Vaccination United Provinces of Agra and Oudh 1914-1922 - 1914-1922
Year: 1914
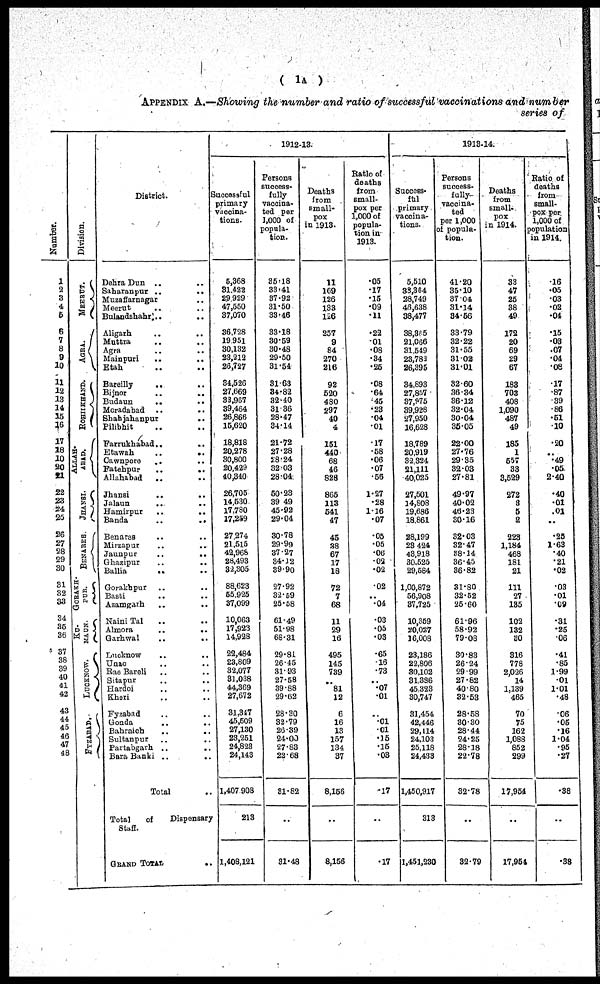
( 1A )
APPENDIX A.—Showing the number and ratio of successful vaccinations and number
series of
Number.
1
2
3
4
5
6
7
8
9
10
11
12
13
14
15
16
17
18
19
20
21
22
23
24
25
26
27
28
29
30
31
32
33
34
35
36
37
38
39
40
41
42
43
44
45
46
47
48
Division.
MEERUT.
AGRA.
ROHILKHAND.
ALLAH¬
ABAD.
JHANSI.
BENARES.
GORAKH¬
PUR.
KU¬
MAON.
LUCKNOW.
FYZABAD.
District.
Dehra Dun .. ..
Saharanpur .. ..
Muzaffarnagar .. ..
Meerut .. ..
Bulandshahr. ..
Aligarh .. ..
Muttra .. ..
Agra .. ..
Mainpuri .. ..
Etah .. ..
Bareilli .. ..
Bijnor
..
..
Budaun
.. ..
Moradabad .. ..
Shahjahanpur
..
Pilibhit .. ..
Farrukhabad .. ..
Etawah .. ..
Cawnpore .. ..
Fatehpur
.. ..
Allahabad .. ..
Jhansi .. ..
Jalaun .. ..
Hamirpur .. ..
Banda
.. ..
Benares .. ..
Mirzapur .. ..
Jaunpur
.. ..
Ghazipur .. ..
Ballia .. ..
Gorakhpur .. ..
Basti .. ..
Azamgarh .. ..
Naini Tal .. ..
Almora
..
..
Garhwal .. ..
Lucknow .. ..
Unao .. ..
Rae Bareli .. ..
Sitapur .. ..
Hardoi .. ..
Kheri .. ..
Fyzabad .. ..
Gonda .. ..
Bahraich .. ..
Sultanpur .. ..
Partabgarh .. ..
Bara Banki .. ..
Total ..
Total
of
Dispensary
Staff.
GRAND TOTAL
..
1912-13.
Successful
primary
vaccina¬
tions.
5,368
31,422
29,929
47,550
37,070
36,728
19,951
30,132
23,212
26,727
34,526
27,669
33,967
39,464
26,866
15,620
18,818
20,278
30,800
20,429
40,340
26,705
14,530
17,780
17,259
27,274
21,515
42,968
28,493
32,305
88,623
55,925
37,099
10,063
17,923
14,923
22,484
23,809
32,077
31,038
44,369
27,672
31,347
45,509
27,130
23,251
24,823
24,143
1,407,908
213
1,408,121
Persons
success¬
fully
vaccina-
ted per
1,000 of
popula-
tion.
35.18
33.41
37.92
31.50
33.46
33.18
30.59
30.48
29.50
31.54
31.63
34.82
32.40
31.36
28.47
34.14
21.72
27.28
28.24
32.03
28.04
50.23
39.49
45.92
29.04
30.78
29.99
37.27
34.12
39.90
27.92
32.59
25.58
61.49
51.98
68.31
29.81
26.45
31.93
27.58
39.88
29.62
28.30
32.79
26.39
24.00
27.83
22.68
31.82
..
31.48
Deaths
from
small-
pox
in 1913.
11
169
126
133
126
257
9
84
270
216
92
520
480
297
40
4
151
440
68
46
828
865
113
541
47
45
38
67
17
18
72
7
68
11
29
16
495
145
739
..
81
12
6
16
13
157
134
37
8,156
..
8,156
Ratio of
deaths
from
small-
pox per
1,000 of
popula-
tion in
1913.
.05
.17
.15
.09
.11
.22
.01
.08
.34
.25
.08
.64
.45
.23
.04
.01
.17
.58
.06
.07
.56
1.27
.28
1.16
.07
.05
.05
.05
.02
.02
.02
..
.04
.03
.05
.03
.65
.16
.73
..
.07
.01
.01
.01
.15
.15
.03
.17
..
.17
1913-14.
Success¬
ful
primary
vaccina¬
tions.
5,510
33,364
28,749
46,638
38,477
33,365
21,066
31,549
23,782
26,395
34,893
27,857
37,975
39,928
27,950
16,628
18,789
20,919
32,324
21,111
40,025
27,501
14,808
19,686
18,861
28,199
28,424
48,918
30,525
29,584
1,00,872
56,908
37,725
10,359
20,027
16,008
23,186
22,806
30,102
31,386
45,323
30,747
31,454
42,446
29,114
24,103
25,118
24,433
1,450,917
313
1,451,230
Persons
success¬
fully
vaccina¬
ted
per 1,000
of popula-
tion.
41.20
35.10
37.04
31.14
34.56
33.79
32.22
31.55
31.02
31.01
32.60
36.34
36.12
32.04
30.04
35.05
22.00
27.76
29.35
32.03
27.81
49.97
40.02
46.23
30.16
32.03
32.47
38.14
36.45
36.82
31.80
32.52
25.60
61.96
58.92
79.08
30.83
26.24
29.99
27.82
40.80
32.53
28.58
30.30
28.44
24.25
28.18
22.78
32.78
..
32.79
Deaths
from
small-
pox
in 1914.
33
47
25
38
49
172
20
69
29
67
183
708
408
1,090
487
49
185
1
557
38
3,529
272
3
5
2
223
1,184
468
181
21
111
27
135
102
132
80
316
778
2,026
14
1,139
465
70
75
162
1,088
852
299
17,954
..
17,954
Ratio of
deaths
from
small-
pox per
1,000 of
population
in 1914.
.16
.06
.03
.02
.04
.16
.03
.07
.04
.08
.17
.87
.39
.86
.51
.10
.20
..
.49
.05
2.40
.40
.01
.01
..
.25
1.63
.40
.21
.02
.03
.01
.09
.31
.25
.06
.41
.85
1.99
.01
1.01
.48
.06
.05
.16
1.04
.95
.27
.38
..
.38